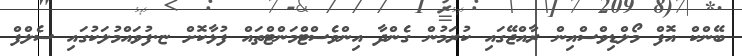
ބޭންކް އޮފް މޯލްޑިވްސްއިން ރާއްޖޭގައި ކުރަމުން ގެންދާ އިންވެސްޓްމަންޓްތައް ފުޅާކޮށް ޏ.ފުވައްމުލަކުގައި ސެލްފް